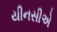
યીનસીએ